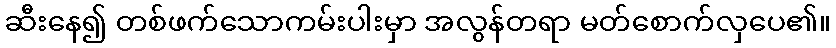
ဆီးနေ၍ တစ်ဖက်သောကမ်းပါးမှာ အလွန်တရာ မတ်စောက်လှပေ၏။